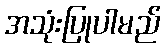
အသုံးပြုပါမည်